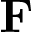
{ \bf F }